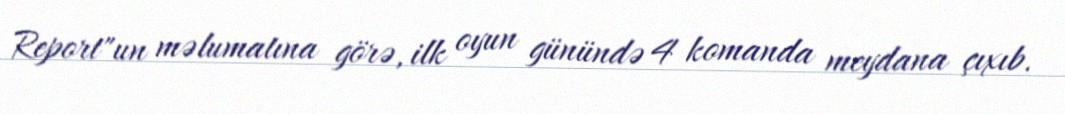
Report"un məlumatına görə, ilk oyun günündə 4 komanda meydana çıxıb.